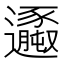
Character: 𨙆